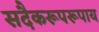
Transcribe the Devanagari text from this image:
सदैकरूपरूपाय